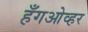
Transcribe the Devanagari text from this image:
हँगओव्हर